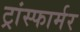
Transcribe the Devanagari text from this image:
ट्रांस्फार्मर